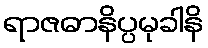
ရာဇဓာနိပ္ပမုခါနိ